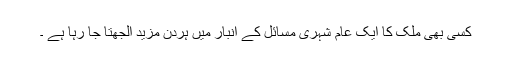
کسی بھی ملک کا ایک عام شہری مسائل کے انبار میں ہردن مزید الجھتا جا رہا ہے ۔